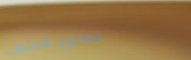
ممنوع الدخول